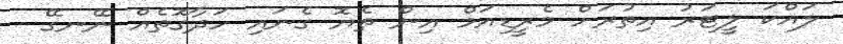
ލައްކަ ލީޓަރު އިތުރަށް މެރީޑިއަމް އިން ތެޔޮ ގެނައި ހަދާގޮތެއް ނޭނގޭ